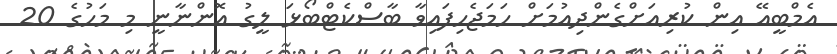
އެމްބީއޭ އިން ކުރިއަށްގެންދިއުމަށް ހަމަޖެހިފައިވާ ބާސްކެޓްބޯޅަ ލީގު އޮންނާނީ މި މަހުގެ 20